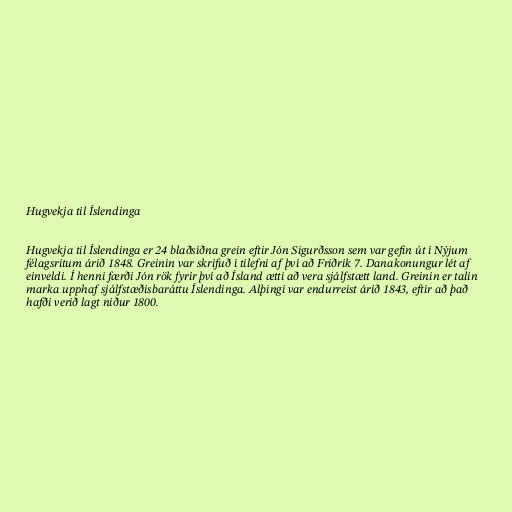
Hugvekja til Íslendinga

Hugvekja til Íslendinga er 24 blaðsíðna grein eftir Jón Sigurðsson sem var gefin út í Nýjum
félagsritum árið 1848. Greinin var skrifuð í tilefni af því að Friðrik 7. Danakonungur lét af
einveldi. Í henni færði Jón rök fyrir því að Ísland ætti að vera sjálfstætt land. Greinin er talin
marka upphaf sjálfstæðisbaráttu Íslendinga. Alþingi var endurreist árið 1843, eftir að það
hafði verið lagt niður 1800.